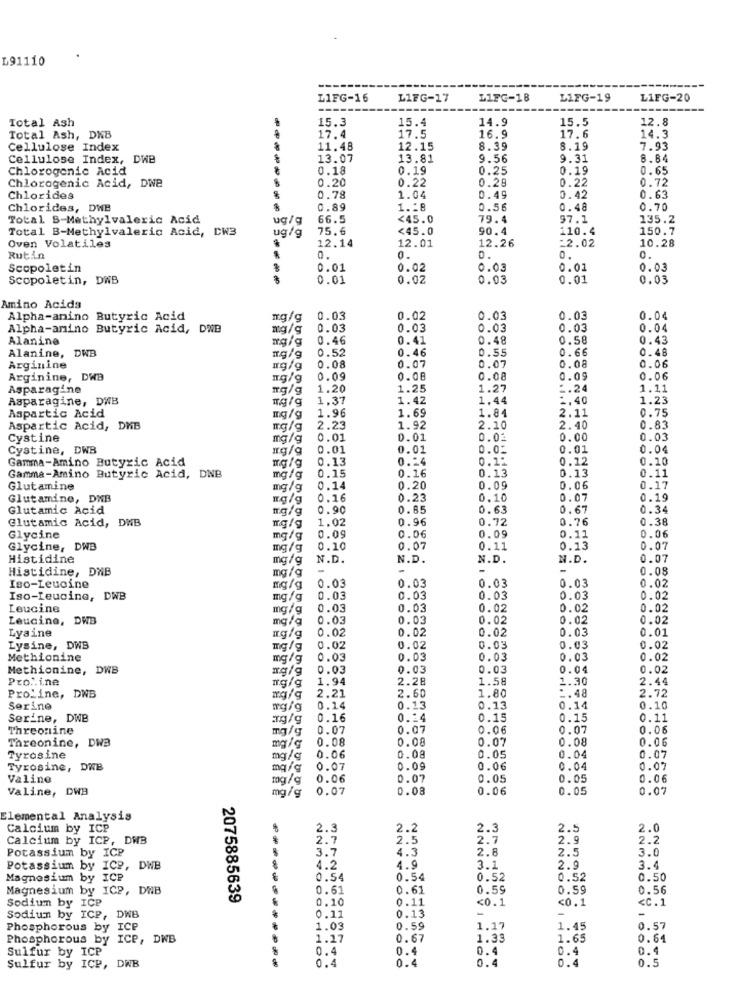
L91110
L1FG-16
L1FG-17
L1FC-18
LIFG-19
L1FG-20
Total Ash
15.3
15.4
14.9
15.5
12.8
Total Ash, DNB
17.4
17.5
16.9
17.6
14.3
Cellulose Index
11.48
12.15
8.39
8.19
7.93
Cellulose Index, DWB
13.07
13.81
9.56
9.31
8.84
Chlorogenic Acid
0.18
0.19
0.25
0.19
0.65
Chlorogenic Acid, Dwe
0.20
0.22
0.28
0.22
0.72
0.63
Chlorides
0.78
1.04
0.49
0.42
Chlorides, DWB
0.89
1.18
0.56
0.48
0.70
Total S-Methylvaleric Acid
ug/q
66.5
<45.0
79.4
97.1
135.2
Total B-Methylvaleric Acid, CW3
ug/g
75.6
<45.0
90.4
110.4
150.7
12.14
12.01
12.26
10.28
Oven Volatiles
=2.02
Rutin
0.
0.
0.
0.
0.
Scopoletin
0.01
0.02
0.03
0.01
0.03
Scopoletin, DWB
0.01
0.02
0.03
0.01
0.03
Amino Acids
Alpha-anino Butyric Acid
mg/g
0.03
0.02
0.03
0.03
0.04
Alpha-amino Butyric Acid, DWB
mg/g
0.03
0.03
0.03
0.03
0.04
Alanine
mg/g
0.46
0.41
0.48
0.58
0.43
Alanine, DWB
0.52
0.46
0.55
0.66
0.48
0.08
Arginine
mg/g
0.08
0.07
0.07
0.06
Arginine, DWB
0.09
0.08
0.08
0.09
0.06
Asparagine
mg/g
1.20
1.25
1.27
2.24
1.11
Asparagine, DWB
1.37
1.42
1,44
1,40
1.23
Aspartic Acid
1.96
1.69
2.11
0.75
mg/g
1.84
Aspartic Acid, DNB
mg/g
2.23
1.92
2.10
2.40
0.83
Cystine
mg/g
0.01
0.01
0.02
0.00
0.03
Cystine, DWB
mg/g
0.01
0.01
0.02
0.01
0.04
Gamma-Amino Butyric Acid
0.13
0.24
0.12
0.12
0.10
0.15
0.16
Gamma-Amino Butyric Acid, DNB
mg/g
0.13
0.13
0.11
Glutamine
mg/g
0.14
0.20
0.09
0.06
0.17
Glutamine, DKB
0.16
0.23
0.10
0.07
0.19
Glutamic Acid
mg/g
0.90
0.85
0.63
0.67
0.34
Glutamic Acid, DWB
1.02
0.96
0.72
0.76
0.38
0.09
0.06
0.06
Glycine
mg/g
0.09
0.11
Glycine, DWB
mg/g
0.10
0.07
0.11
0.13
0.07
Histidine
mg/g
N.D.
N.D.
N.D.
N.D.
0.07
Histidine, DNB
mg/g
-
-
-
-
0.08
0.02
Iso-Leucine
mg/g
0.03
0.03
0.03
0.03
Iso-Leucine, DWB
mg/g
0.03
0.03
0.03
0.03
0.02
Leucine
mg/g
0.03
0.03
0.02
0.02
0.02
Leucine, DWB
mg/g
0.03
0.03
0.02
0.02
0.02
Lysine
0.02
0.03
0.01
mg/g
0.02
0.02
Lysine, DWB
0.02
0.02
0.03
0.03
0.02
Methionine
mg/g
0.03
0.03
0.03
0.03
0.02
Methionine, DWB
mg/g
0.03
0.03
0.03
0.04
0.02
Proline
1.94
2.28
1.58
1.30
2.44
mg/g
2.21
1.80
-. 48
2.72
Proline, D
2.60
Serine
wg/g
0.14
0.13
0.13
0.14
0.10
Serine, DWB
ag/g
0.16
0.54
0.15
0.15
0.11
Threonine
mg/g
0.07
0.07
0.06
0.07
0.06
Threonine, DWB
0.08
0.08
0.07
0.08
0.06
mg/g
0.08
Tyrosine
mg/g
0.06
0.05
0.04
0.07
Tyrosine, D
mg/g
0.07
0.09
0.06
0.04
0.07
Valine
mg/g
0.06
0.07
0.05
0.05
0.06
Valine, DWA
mg/g
0.07
0.08
0.06
0.05
0.07
Elemental Analysis
SANN
Calcium by ICP
2.3
2.2
2.3
2.5
2.0
Calcium by ICP, DWB
2.7
2.5
2.7
2.9
2.2
Potassium by ICP
3.7
4.3
2.8
2.5
3.0
Potassium by ICP, DWB
4.2
4.9
3.1
2.9
3.4
Magnesium by ICP
0.54
0.54
0.52
0.52
0.50
Magnesium by ICP, DAB
0.61
0.61
0.59
0.59
0.56
Sodium by ICP
2075885639
0.10
0.11
<0.1
<0.1
<C.1
0.13
Sodiun by ICP, DWB
0.11
-
Phosphorous by ICP
1.03
0.59
1.17
1.45
0.57
Phosphorous by ICP, DWB
1.17
0.67
1.33
1.65
0.64
Sulfur by ICP
0.4
0.4
0.4
0.4
0.4
0.4
0.4
0.4
0.5
Sulfur by ICP, DWB
0.4